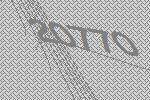
20770